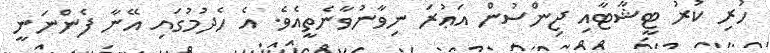
ހުރި ކުރު ޓީޝާޓާއި ޖިންސުން އަޢުރަ ނިވާނުވާނެތީއެވެ. އެ ހެދުމުގައި އޭނާ ފެންނަނީ